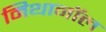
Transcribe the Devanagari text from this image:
मिथानॉल